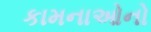
કામનાઓનો